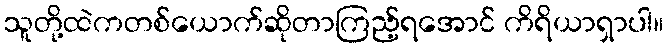
သူတို့ထဲကတစ်ယောက်ဆိုတာကြည့်ရအောင် ကိရိယာရှာပါ။